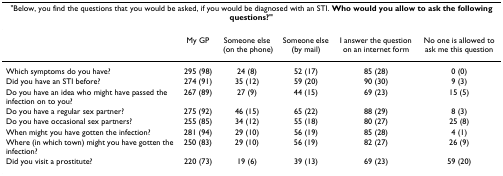
| <COLSPAN=6> "Below, you find the questions that you would be asked, if you would be diagnosed with an STI. Who would you allow to ask the following questions?" |
 | --- | --- | --- | --- | --- | --- |
 |  | My GP | Someone else (on the phone) | Someone else (by mail) | I answer the question on an internet form | No one is allowed to ask me this question |
 | Which symptoms do you have? | 295 (98) | 24 (8) | 52 (17) | 85 (28) | 0 (0) |
 | Did you have an STI before? | 274 (91) | 35 (12) | 59 (20) | 90 (30) | 9 (3) |
 | Do you have an idea who might have passed the infection on to you? | 267 (89) | 27 (9) | 44 (15) | 69 (23) | 15 (5) |
 | Do you have a regular sex partner? | 275 (92) | 46 (15) | 65 (22) | 88 (29) | 8 (3) |
 | Do you have occasional sex partners? | 255 (85) | 34 (12) | 55 (18) | 80 (27) | 25 (8) |
 | When might you have gotten the infection? | 281 (94) | 29 (10) | 56 (19) | 85 (28) | 4 (1) |
 | Where (in which town) might you have gotten the infection? | 250 (83) | 29 (10) | 56 (19) | 82 (27) | 26 (9) |
 | Did you visit a prostitute? | 220 (73) | 19 (6) | 39 (13) | 69 (23) | 59 (20) |